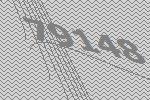
79148